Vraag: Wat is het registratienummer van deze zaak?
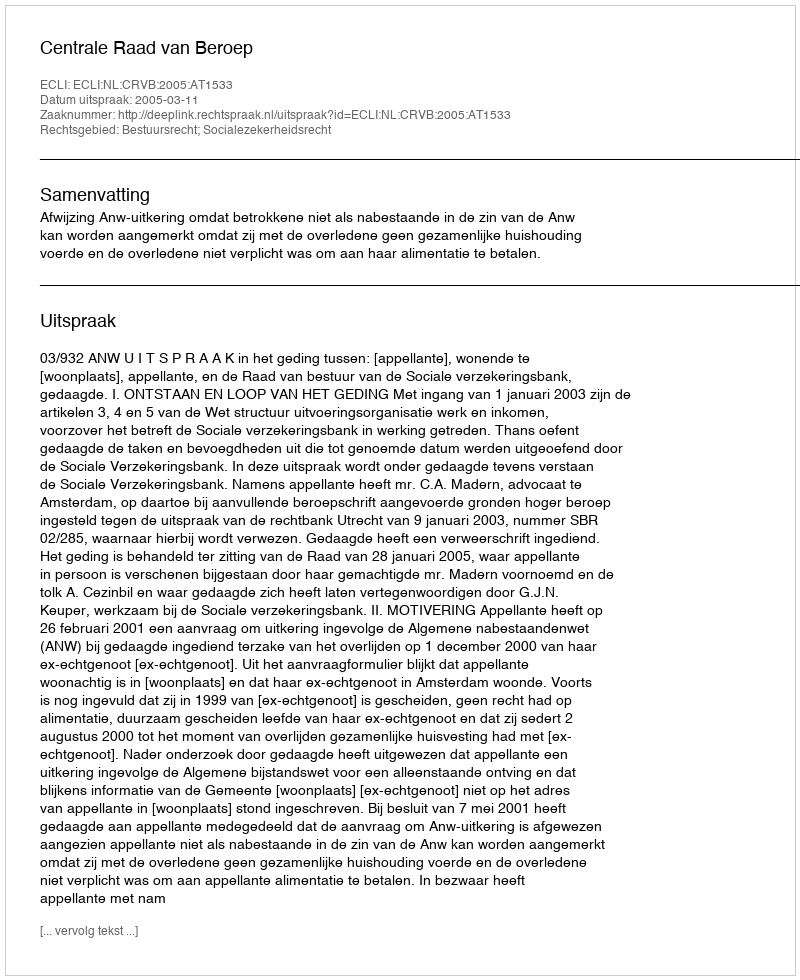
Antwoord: http://deeplink.rechtspraak.nl/uitspraak?id=ECLI:NL:CRVB:2005:AT1533